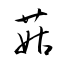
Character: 菇